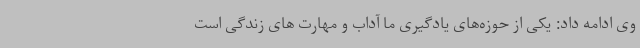
وی ادامه داد: یکی از حوزه‌های یادگیری ما آداب و مهارت های زندگی است